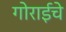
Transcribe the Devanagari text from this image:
गोराईचे